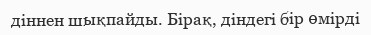
діннен шықпайды. Бірақ, діндегі бір өмірді